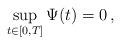
LaTeX: \begin{align*}\sup_{t\in[0,T]}\Psi(t) = 0\, ,\end{align*}